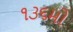
૧૩૬મો